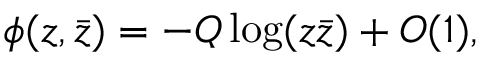
\phi ( z , \bar { z } ) = - Q \log ( z \bar { z } ) + O ( 1 ) , \nonumber